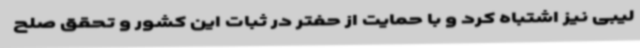
لیبی نیز اشتباه کرد و با حمایت از حفتر در ثبات این کشور و تحقق صلح